Vaccination report Assam 1874-1896 - 1874-1896
Year: 1874
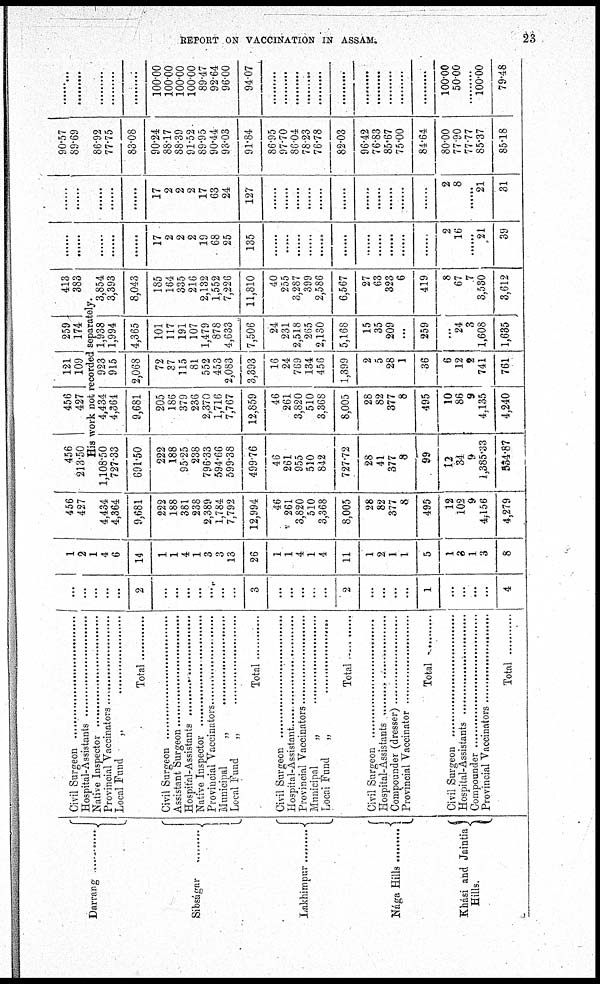
REPORT ON VACCINATION IN ASSAM.
23
Darrang .........
Sibságar
.
Lakhimpur .........
Nága Hills .........
Khási and Jaintia
Hills.
Civil Surgeon ..............................
Hospital-Assistant ...........................
Native Inspectors ..............................
Provincial Vaccinators ........................
Local Fund „ ..............................
Total ............
Civil Surgeon ..............................
Assistant Surgeon ...........................
Hospital-Assistant ...........................
Native Inspectors ..............................
Provincial Vaccinators ........................
Municipal „ ..............................
Local Fund „ ..............................
Total ............
Civil Surgeon ..............................
Hospital-Assistant ...........................
Provincial Vaccinators ........................
Municipal „ ..............................
Local Fund „ ..............................
Total ............
Civil Surgeon ..............................
Hospital-Assistant ...........................
Compounder(dresser) ...........................
Provincial Vaccinators ........................
Total ............
Civil Surgeon ..............................
Hospital-Assistant ...........................
Compounders ...........................
Provincial Vaccinators ........................
Total ............
...
...
...
...
...
2
...
...
...
...
...
...
...
3
...
...
...
...
...
2
...
...
...
...
1
...
...
...
...
4
1
2
1
4
6
14
1
1
4
1
3
3
13
26
1
1
4
1
4
11
1
2
1
1
5
1
3
1
3
8
456
427
4,434
4,364
9,681
222
188
381
238
2,389
1,784
7,792
12,994
46
261
3,820
510
3,368
8,005
28
82
377
8
495
12
102
9
4,156
4,279
456
213.50
456
427
121
109
259
174
413
383
His work not recorded separately.
1,108.50
727.33
691.50
222
188
95.25
238
796.33
594.66
599.38
499.76
46
261
955
510
842
727.72
28
41
377
8
99
12
34
9
1,385.33
534.87
4,434
4,364
9,681
205
186
379
236
2,370
1,716
7,767
12,859
46
261
3,820
510
3,368
8,005
28
82
377
8
495
10
86
9
4,135
4,240
923
915
2,068
72
37
115
81
552
453
2,083
3,393
16
24
769
134
456
1,399
2
5
28
1
36
6
12
2
741
761
1,938
1,994
4,365
101
117
191
107
1,479
878
4,633
7,506
24
231
2,518
265
2,130
5,168
15
35
209
...
259
...
24
3
1,608
1,635
3,854
3,393
8,043
185
164
335
216
2,132
1,552
7,226
11,810
40
255
3,287
399
2,586
6,567
27
63
323
6
419
8
67
7
3,530
3,612
......
......
......
......
......
17
2
2
2
19
68
25
135
......
......
......
......
......
......
......
......
......
......
......
2
16
......
21
39
......
......
......
......
......
17
2
2
2
17
63
24
127
......
......
......
......
......
......
......
......
......
......
......
2
8
......
21
31
90.57
89.69
86.92
77.75
83.08
90.24
88.17
88.39
91.52
89.95
90.44
93.03
91.84
86.95
97.70
86.04
78.23
76.78
82.03
96.42
76.83
85.67
75.00
84.64
80.00
77.90
77.77
85.37
85.18
......
......
......
......
......
100.00
100.00
100.00
100.00
89.47
92.64
96.00
94.07
......
......
......
......
......
......
......
......
......
......
......
100.00
50.00
......
100.00
79.48